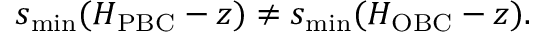
s _ { \operatorname* { m i n } } ( H _ { \mathrm { P B C } } - z ) \neq s _ { \operatorname* { m i n } } ( H _ { \mathrm { O B C } } - z ) .